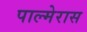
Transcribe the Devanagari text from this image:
पाल्मेरास